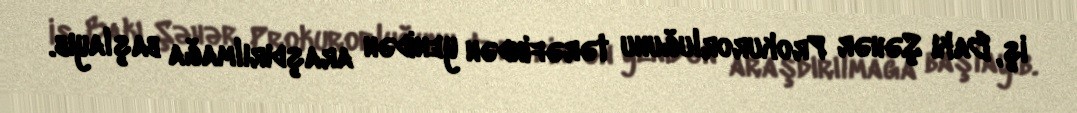
iş, Bakı Şəhər Prokurorluğunu tərəfindən yenidən araşdırılmağa başlayıb.